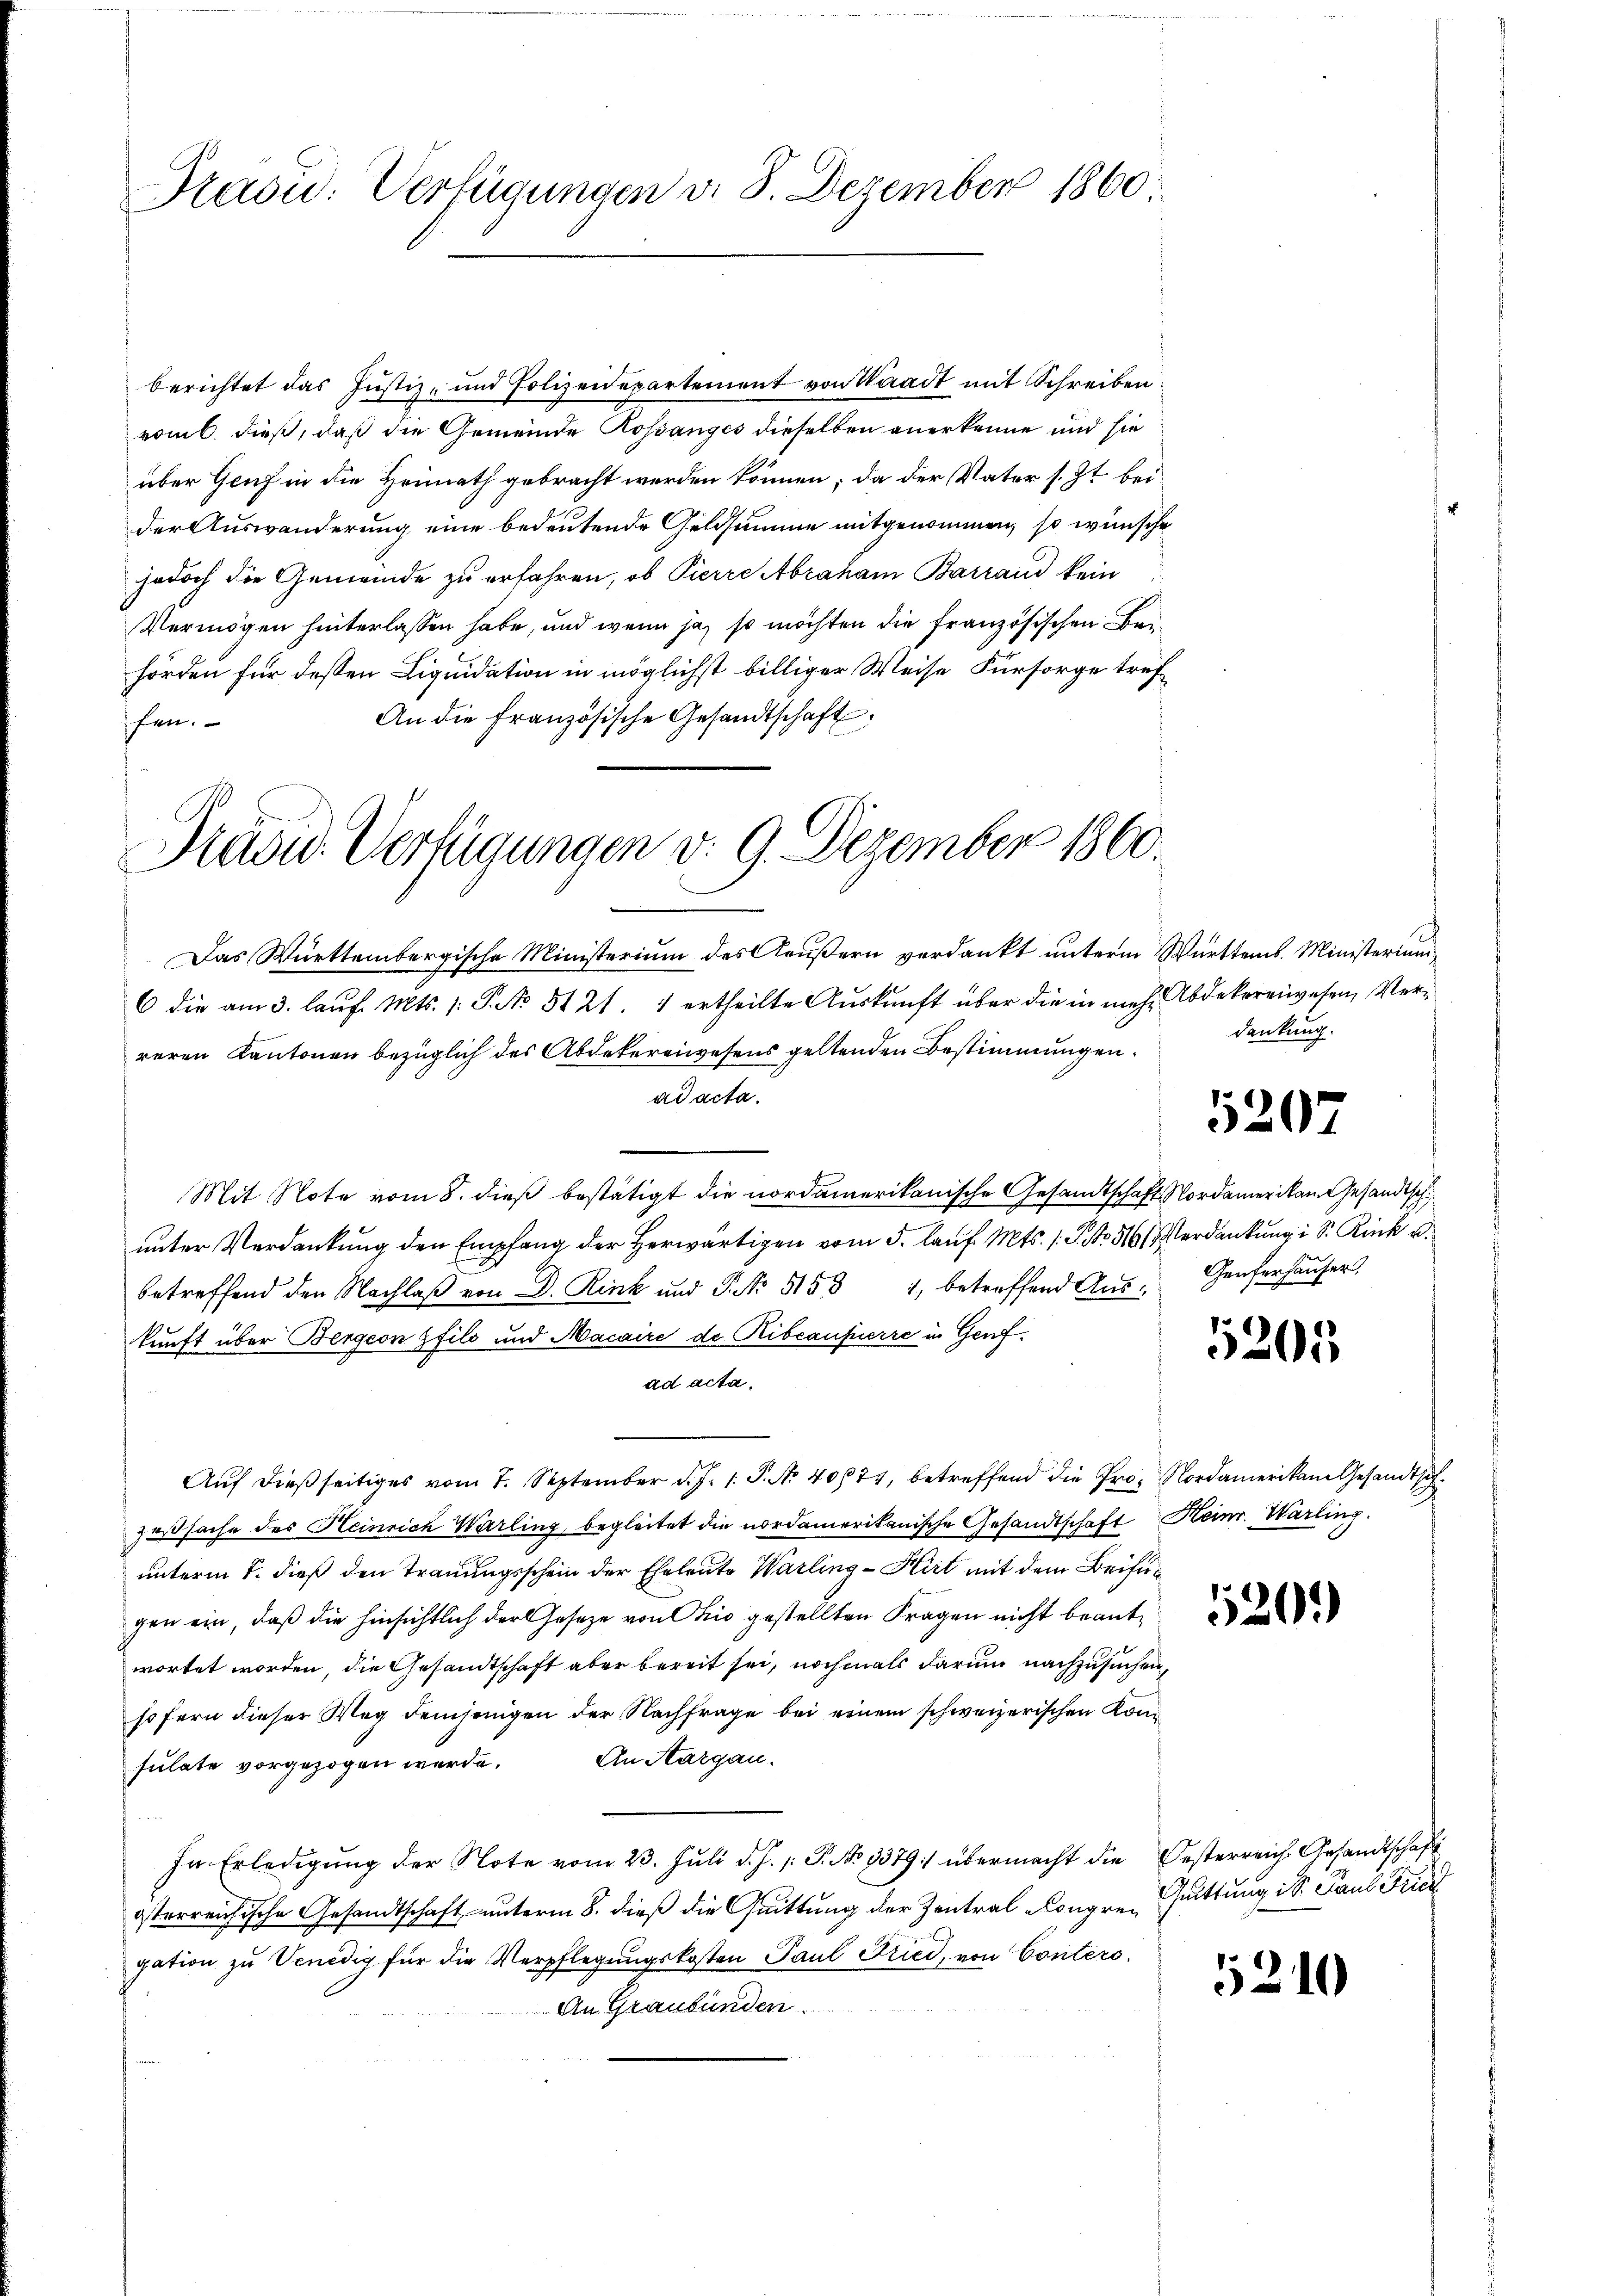
Prasid: Verfügungen d. 8. Dezember 1860

berichtet das Justiz- und Polizeidepartement von Waadt mit Schreiben
vom 6. dieß, daß die Gemeinde Rossanges dieselben anerkenne und sie
über Genf in die Heimath gebracht werden können; da der Vater s. Zt. bei
der Auswanderung eine bedeutende Geldsumme mitgenommen, so wünsche
jedoch die Gemeinde zu erfahren, ob Pierre Abraham Barrand kein
Vermögen hinterlassen habe, und wenn ja so möchten die französischen Behörden für dessen Liquidation in möglichst billiger Weise Fürsorge tref
An die französische Gesandtschaft
fen.

Prau. Verfügungen v. 9. Dezember 1860.

Das Württembergische Ministerium des Aeußern verdankt unterm Württemb. Ministerium
6 die am 3. lauf. Mts. /: P. No 5121. 1 ertheilte Auskunft über die in mehr Abdekereiwesen, Verreren Kantonen bezüglich des Abdekereiwesens geltenden Bestimmungen.
ad acta.
Mit Note vom 8. dieß bestätigt die nordamerikanische Gesandtschaft Nordamerikan Gesandtsch
unter Verdankung den Empfang der Herwärtigen vom 5. lauf. Mts. 1 S. Nr. 566 (Verdankung i S. Rink v
betreffend den Nachlaβ von D. Rink und P. No 51531, betreffend Auskunft über Bergern pfils und Macaire de Ribcauferre in Genfad acta.
Auf dießseitiges vom 7. September d. J. 1. P. Nr. 40871, betreffend die Pro. Nordamerikam Gesandtschzasache des Heinrich Warling, begleitet die nordamerikanische Gesandtschaft Heinr. Warling.
unterm 1. dieß den Trauungsschein der Eheleute Warling - Hirt mit dem Beifügen ein, daß die hinsichtlich der Gesetze von Ohio gestellten Fragen nicht beantwortet worden, die Gesandtschaft aber bereit sei, nochmals darum nachzusuchen,
sofern dieser Weg demjenigen der Nachfrage bei einem schweizerischen Konsulate vorgezogen werde. An Sargau.
In Erledigung der Note vom 23. Juli d. J. J. P. No 1379:/ übermacht die Oesterreich Gesandtschaft
österreichische Gesandtschaft unterm 8. dieß die Quittung der Zentral-Congren
gation zu Venedig für die Verpflegungskosten Paul Fried, von Conters.
An Graubünden.

dankung.

5207

Genferhauser.

5205

2)

Quittung ist Paul Fried

1210